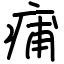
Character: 痡